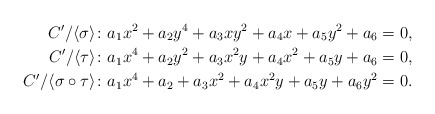
\begin{align*}C'/\langle \sigma\rangle &\colon a_1x^2+a_2y^4+a_3xy^2+a_4x+a_5y^2+a_6=0,\\C'/\langle \tau\rangle &\colon a_1x^4+a_2y^2+a_3x^2y+a_4x^2+a_5y+a_6=0,\\C'/\langle \sigma\circ\tau\rangle &\colon a_1x^4+a_2+a_3x^2+a_4x^2y+a_5y+a_6y^2=0.\end{align*}